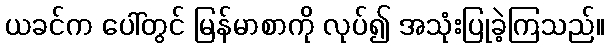
ယခင်က ပေါ်တွင် မြန်မာစာကို လုပ်၍ အသုံးပြုခဲ့ကြသည်။